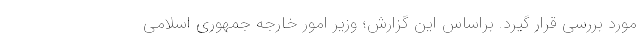
مورد بررسی قرار گیرد. براساس این گزارش؛ وزیر امور خارجه جمهوری اسلامی